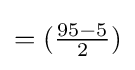
=({\tfrac {95-5}{2}})